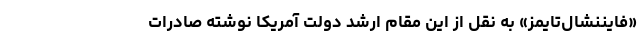
«فایننشال‌تایمز» به نقل از این مقام ارشد دولت آمریکا نوشته صادرات